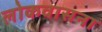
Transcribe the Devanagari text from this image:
लोकवासना